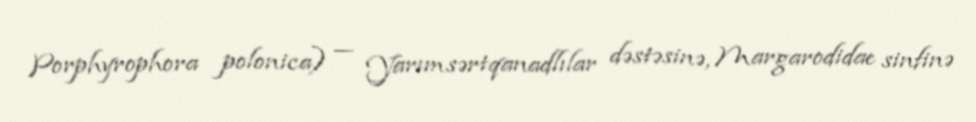
Porphyrophora polonica) — Yarımsərtqanadlılar dəstəsinə, Margarodidae sinfinə